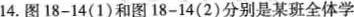
14.图18-14(1)和图18-14(2)分别是某班全体学